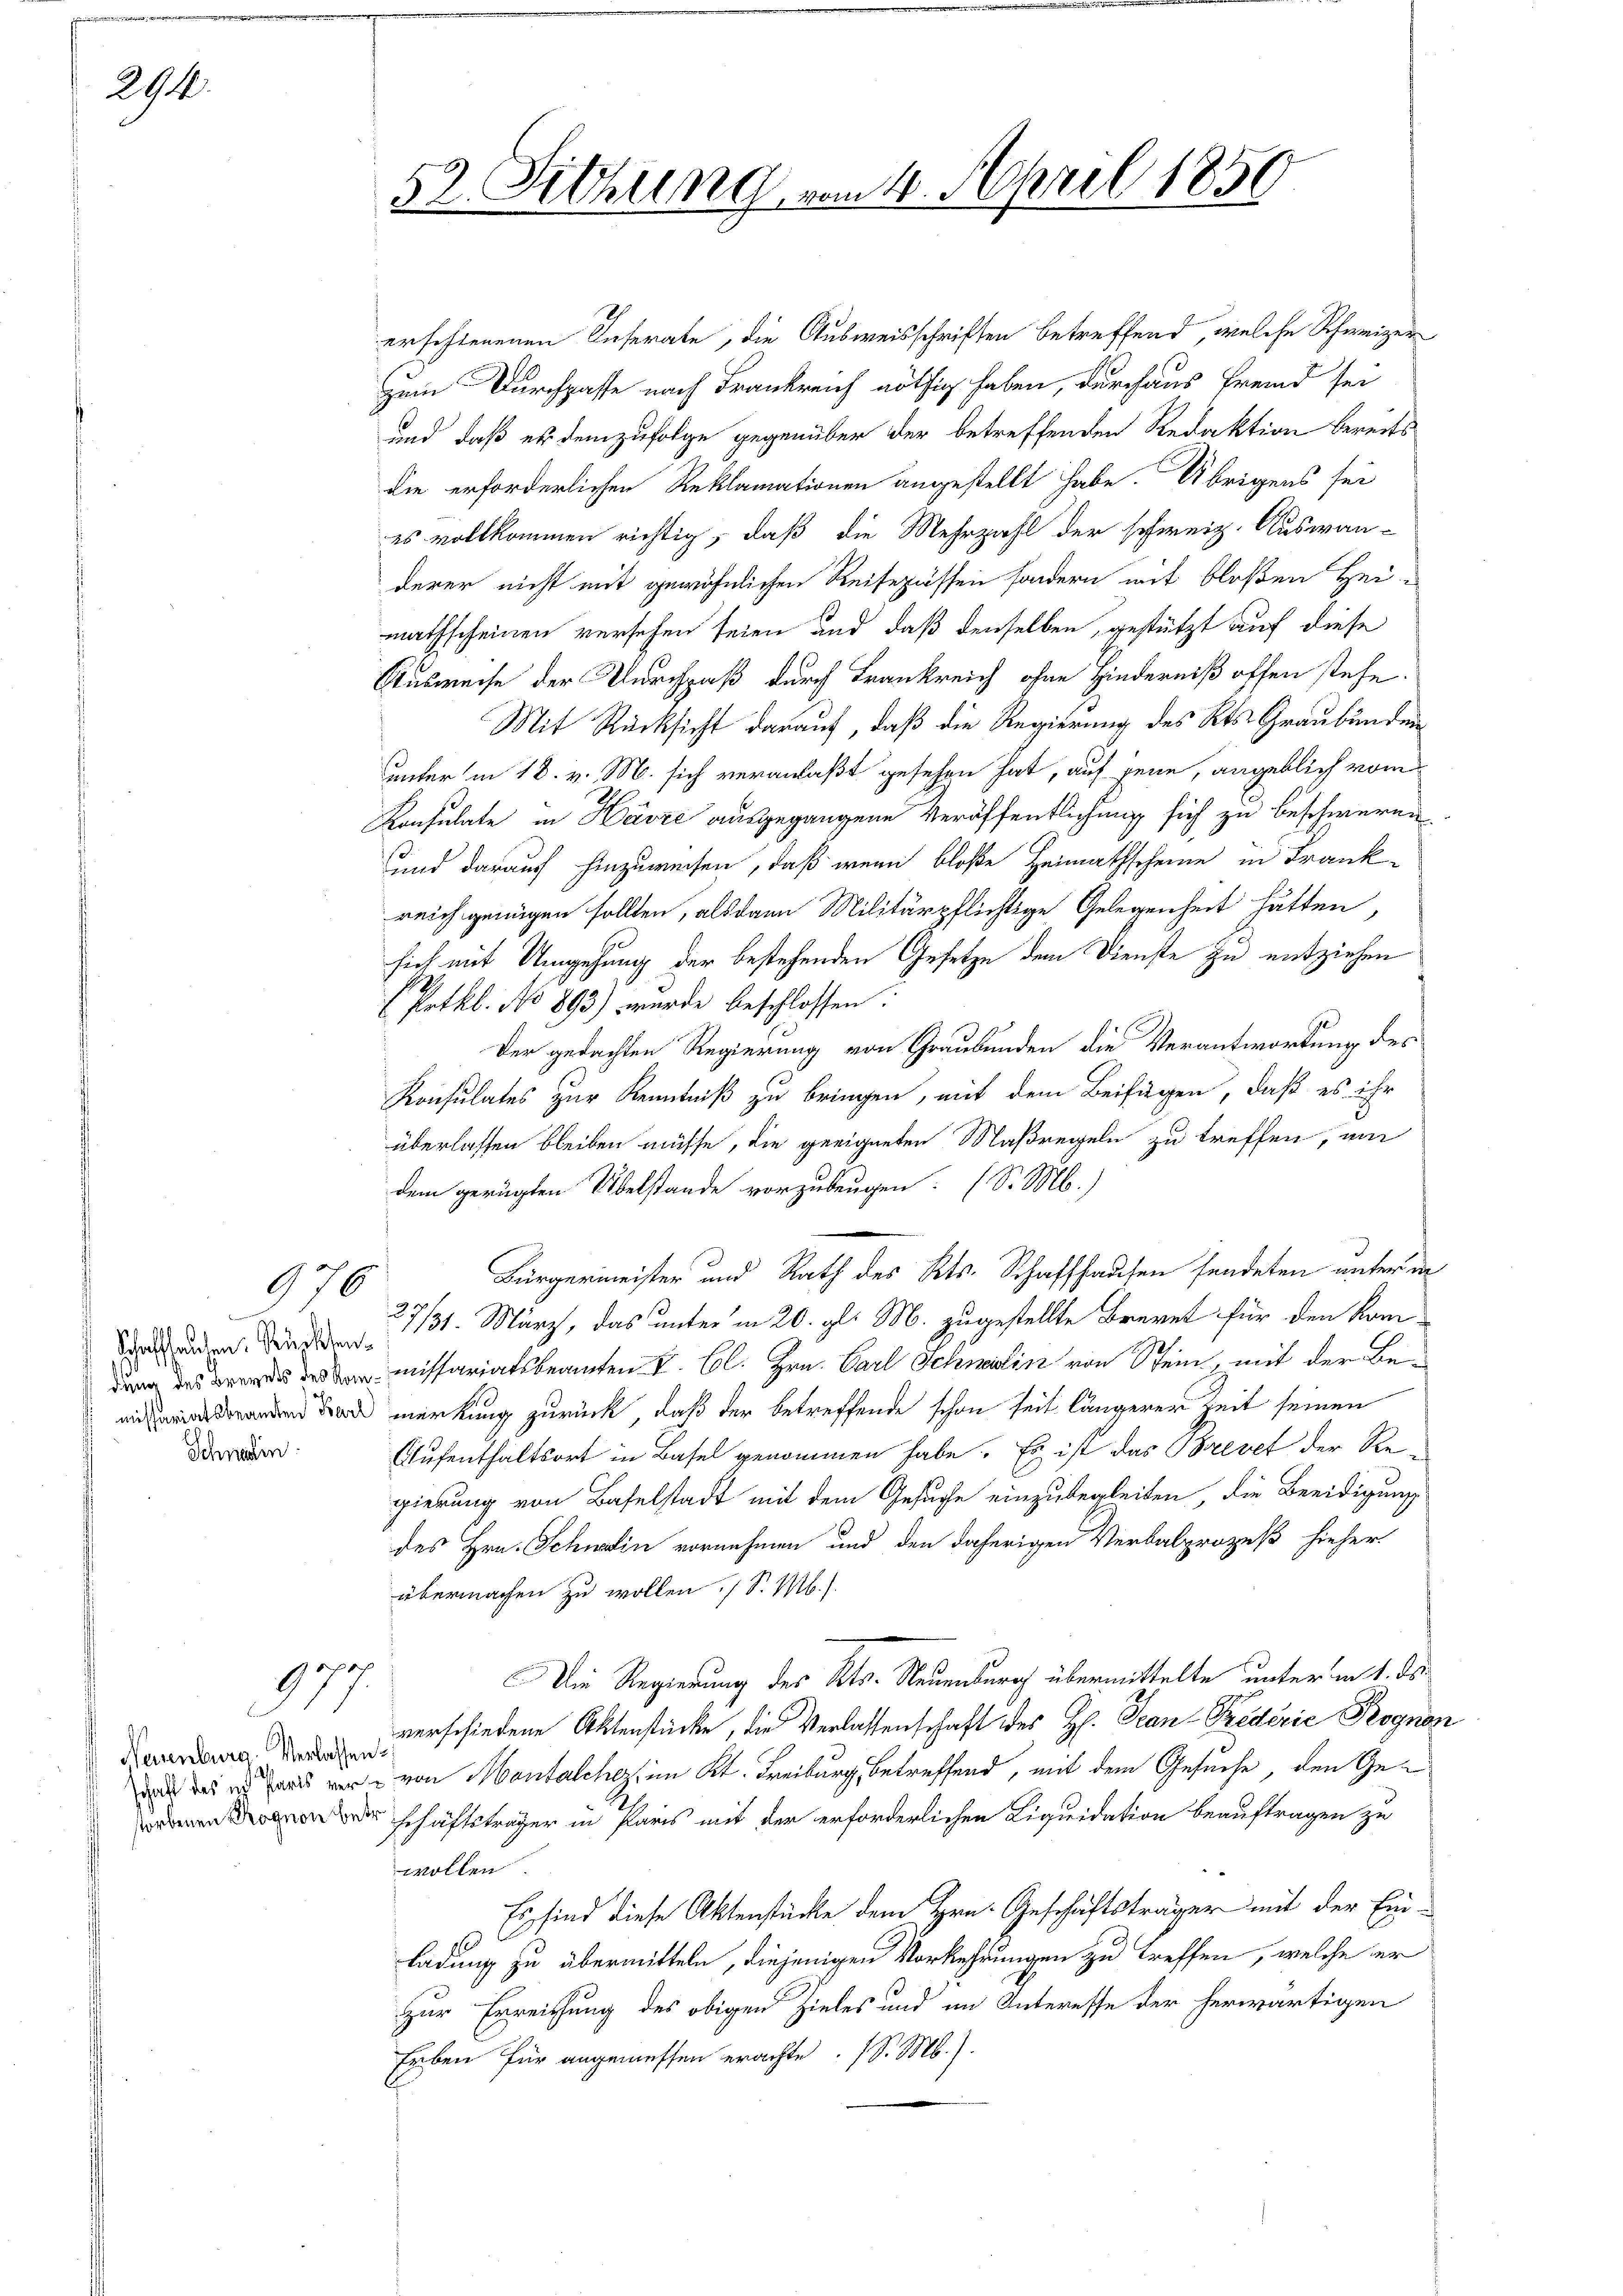
291.

976

Schaffhausen. Rücksen¬
Schneten.

977.

Neuenburg. Verlassen

52. Sitzung vom 4. April 1850

erschienenen Inserate, die Ausweisschriften betreffend, welche Schweizer
zum Durchgasse nach Frankreich nöthig haben, durchaus Fremd sei
und daß es demzufolge gegenüber der betreffenden Redaktion bereits
die erforderlichen Reklamationen angestellt habe. Übrigens sei
es vollkommen richtig, daß die Mehrzahl der schweiz. Auswan-
derer nicht mit gewöhnlichen Reisepässen sondern mit bloßen Hei-
mathscheinen versehen seien und daß denselben, gestützt auf diese
Ausweise der Durchpaß durch Frankreich ohne Hinderniß offen stehe.
Mit Rücksicht darauf, daß die Regierung des Kts. Graubünden
unter in 18. v. M. sich veranlaßt gesehen hat, auf jene, angeblich vom
Konsulate in Harze ausgegangene Veröffentlichung sich zu beschweren.
und darauf hinzuweisen, daß wenn bloße Heimathscheine in Frankreich genügen sollten, als dann Militärpflichtige Gelegenheit hätten,
sich mit Umgehung der bestehenden Gesetze dem Dienste zu entziehen
Pothl. No 893) wurde beschlossen:
Der gedachten Regierung von Graubünden die Verantwortung des
Konsulates zur Kenntniß zu bringen, mit dem Beifügen, daß es ihr
überlassen bleiben müsse, die geeigneten Maßregeln zu treffen, am
dem gerügten Übelstande vorzubeugen. (S. M.)
Bürgermeister und Rath des Kts. Schaffhausen sendeten unter un
137
1131. März, das unter in 20. gl. M. zugestellte Brevet für den Kom-
dung des des missariatsbeamten V. Cl. Hrn. Carl Schnelin von Stein, mit der Beden Tod merkung zurück, daß der betreffende schon seit längerer Zeit seinen
Aufenthaltsort in Basel genommen habe. Es ist das Brevet der Regierung von Baselstadt mit dem Gesuche einzubegleiten, die Beeidigung
des Hrn. Schwein vornehmen und den daherigen Verbalprozeß hieher
übermachen zu wollen. (S. M.).
de
Die Regierung des Kts. Neuenburg übermittelte unter in 1. ds
verschiedene Aktenstücke, die Verlassenschaft des H. Scan-Predérić Rognon
D des in das war von Montalcher, im Kt. Treiburg, betreffend, mit dem Gesuche, den Gerschäftsträger in Paris mit der erforderlichen Liquidation beauftragen zu
wollen
Es sind diese Aktenstücke dem Hrn. Geschäftsträger mit der Ein-
ladung zu übermitteln, diejenigen Vorkehrungen zu treffen, welche er
zur Erreichung des obigen Zieles und im Interesse der herwärtigen
Erben für angemessen erachte. (S. M.).